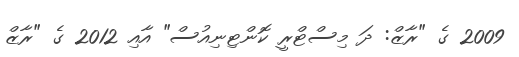
2009 ގެ "ރާޒް: ދަ މިސްޓްރީ ކޮންޓިނިއުސް" އާއި 2012 ގެ "ރާޒް